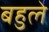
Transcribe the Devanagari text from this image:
बहुले